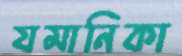
যমানিকা